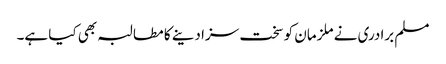
مسلم برادری نے ملزمان کو سخت سزا دینے کا مطالبہ بھی کیا ہے۔